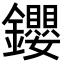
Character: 𨰃